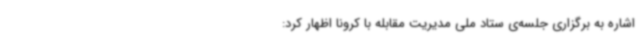
اشاره به برگزاری جلسه‌ی ستاد ملی مدیریت مقابله با کرونا اظهار کرد: